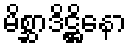
မိစ္ဆာဒိဋ္ဌိနော